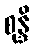
စုန္ဒိ